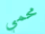
محمي